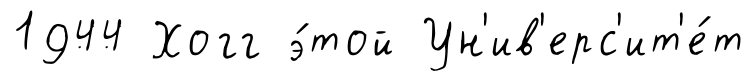
1944 Хогг э́той Ун'ив'ерс'ит'е́т